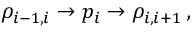
\rho _ { i - 1 , i } \rightarrow p _ { i } \rightarrow \rho _ { i , i + 1 } \, , \,